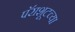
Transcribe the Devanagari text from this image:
पॅराशूटच्या